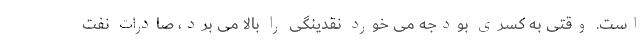
است. وقتی به کسری بودجه می خورد نقدینگی را بالا می برد، صادرات نفت